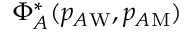
\Phi _ { A } ^ { * } ( p _ { A \mathrm { W } } , p _ { A \mathrm { M } } )